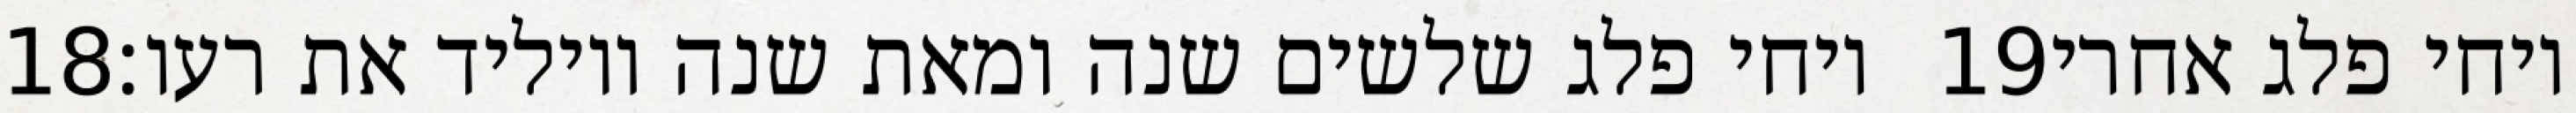
‎18‏ ויחי פלג שלשים שנה ומאת שנה ויוליד את רעו׃ ‎19‏ ויחי פלג אחרי